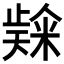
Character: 𮇬